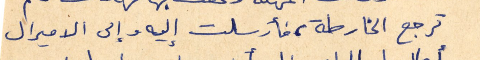
ترجع الخارطة، فأرسلت اليه وإلى الاميرال